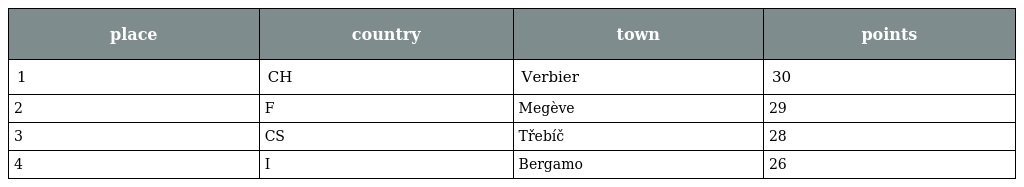
| place | country | town | points |
 | --- | --- | --- | --- |
 | 1 | CH | Verbier | 30 |
 | 2 | F | Megève | 29 |
 | 3 | CS | Třebíč | 28 |
 | 4 | I | Bergamo | 26 |